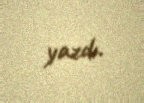
yazdı.